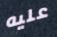
عليه